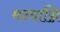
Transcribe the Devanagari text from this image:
मन्दाग्नि